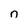
Character: n